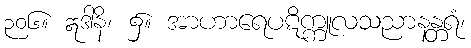
၃၀၆။ ဣဒါနိ၊ ၌။ အာဟာရေပဋိက္ကူလသညာနန္တရံ၊